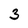
Character: 3